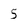
Character: 5